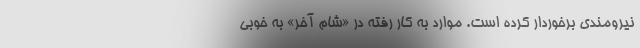
نیرومندی برخوردار کرده است. موارد به کار رفته در «شام آخر» به خوبی